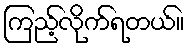
ကြည့်လိုက်ရတယ်။